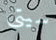
سيتى